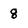
Character: g